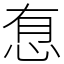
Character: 㤫